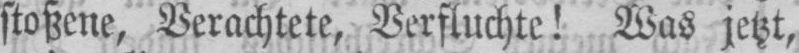
stoßene, Verachtete, Verfluchte! Was jetzt,